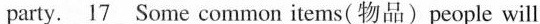
party.\underline{17} Some common items( 物品)people will